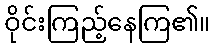
ဝိုင်းကြည့်နေကြ၏။